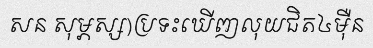
សន សុម្ភស្ស)ប្រទះឃើញលុយជិត៤ម៉ឺន